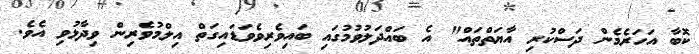
ކޮބާ އަހަރެމެން ދަސްކުރި އާޔަތްތައް" އެ ބައްދަލުވުމުގައި ބައިވެރިވެވަޑައިގަތް އިލްމުވެރިން ވިދާޅުވި އެވެ.